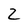
Character: 2